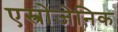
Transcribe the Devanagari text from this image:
एस्त्रोजेनिक